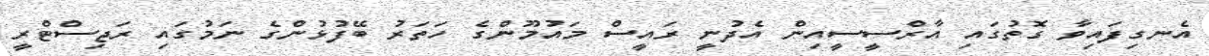
އެނގިފައިވާ ގޮތުގައި އާރްސީސީއިން އެދުނީ ރައީސް މައުމޫންގެ ހަތަރު ބޭފުޅުންގެ ނަމުގައި ރަޖިސްޓްރީ